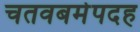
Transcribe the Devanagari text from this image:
चतवबमेपदह